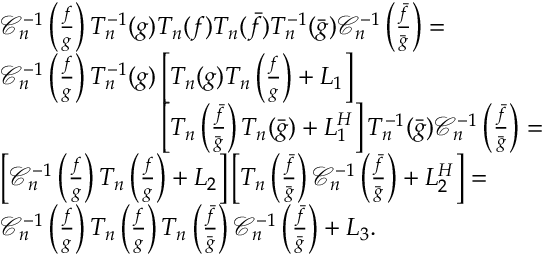
\begin{array} { r l } & { \mathcal { C } _ { n } ^ { - 1 } \left( \frac { f } { g } \right) T _ { n } ^ { - 1 } ( g ) T _ { n } ( f ) T _ { n } ( \bar { f } ) T _ { n } ^ { - 1 } ( \bar { g } ) \mathcal { C } _ { n } ^ { - 1 } \left( \frac { \bar { f } } { \bar { g } } \right) = } \\ & { \mathcal { C } _ { n } ^ { - 1 } \left( \frac { f } { g } \right) T _ { n } ^ { - 1 } ( g ) \left[ T _ { n } ( g ) T _ { n } \left( \frac { f } { g } \right) + L _ { 1 } \right] } \\ & { \phantom { \mathcal { C } _ { n } ^ { - 1 } \left( \frac { f } { g } \right) T _ { n } ^ { - 1 } ( g ) } \left[ T _ { n } \left( \frac { \bar { f } } { \bar { g } } \right) T _ { n } ( \bar { g } ) + L _ { 1 } ^ { H } \right] T _ { n } ^ { - 1 } ( \bar { g } ) \mathcal { C } _ { n } ^ { - 1 } \left( \frac { \bar { f } } { \bar { g } } \right) = } \\ & { \left[ \mathcal { C } _ { n } ^ { - 1 } \left( \frac { f } { g } \right) T _ { n } \left( \frac { f } { g } \right) + L _ { 2 } \right] \left[ T _ { n } \left( \frac { \bar { f } } { \bar { g } } \right) \mathcal { C } _ { n } ^ { - 1 } \left( \frac { \bar { f } } { \bar { g } } \right) + L _ { 2 } ^ { H } \right] = } \\ & { \mathcal { C } _ { n } ^ { - 1 } \left( \frac { f } { g } \right) T _ { n } \left( \frac { f } { g } \right) T _ { n } \left( \frac { \bar { f } } { \bar { g } } \right) \mathcal { C } _ { n } ^ { - 1 } \left( \frac { \bar { f } } { \bar { g } } \right) + L _ { 3 } . } \end{array}